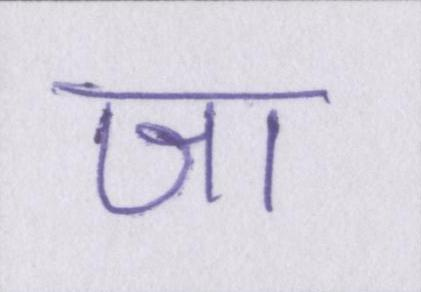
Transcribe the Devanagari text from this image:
जा